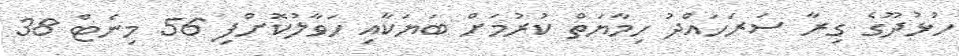
ހުޅުދޫގެ ގިރާ ސަރަހައްދު ހިމާޔަތް ކުރުމަށް ބަޔަކާއި ހަވާލުކޮށްފި 56 މިނެޓް 38